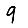
Digit: 9